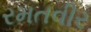
રમતવીર